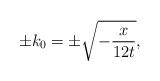
LaTeX: \begin{align*} \pm k_{0}=\pm\sqrt{-\frac{x}{12t}},\end{align*}